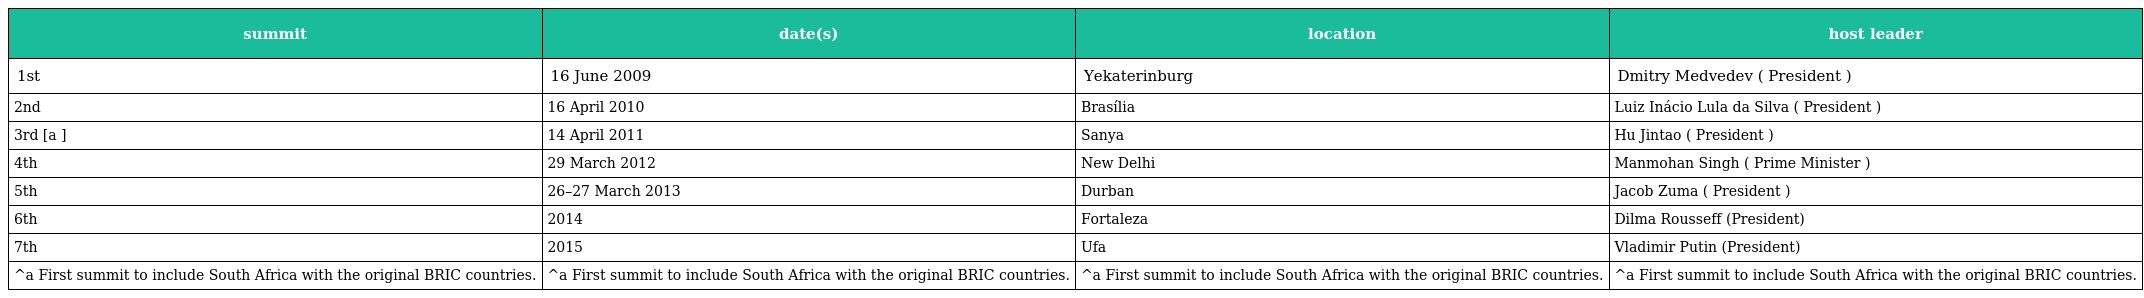
| summit | date(s) | location | host leader |
 | --- | --- | --- | --- |
 | 1st | 16 June 2009 | Yekaterinburg | Dmitry Medvedev ( President ) |
 | 2nd | 16 April 2010 | Brasília | Luiz Inácio Lula da Silva ( President ) |
 | 3rd [a ] | 14 April 2011 | Sanya | Hu Jintao ( President ) |
 | 4th | 29 March 2012 | New Delhi | Manmohan Singh ( Prime Minister ) |
 | 5th | 26–27 March 2013 | Durban | Jacob Zuma ( President ) |
 | 6th | 2014 | Fortaleza | Dilma Rousseff (President) |
 | 7th | 2015 | Ufa | Vladimir Putin (President) |
 | ^a First summit to include South Africa with the original BRIC countries. | ^a First summit to include South Africa with the original BRIC countries. | ^a First summit to include South Africa with the original BRIC countries. | ^a First summit to include South Africa with the original BRIC countries. |